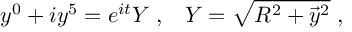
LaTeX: y ^ { 0 } + i y ^ { 5 } = e ^ { i t } Y \; , \; \; \; Y = \sqrt { R ^ { 2 } + \vec { y } { } ^ { 2 } } \; ,